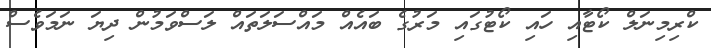
ކްރިމިނަލް ކޯޓާއި ހައި ކޯޓުގައި މަރުގެ ބައެއް މައްސަލަތައް ލަސްވަމުން ދިޔަ ނަމަވެސް